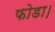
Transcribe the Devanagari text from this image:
फोडा।